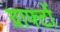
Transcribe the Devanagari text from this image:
ग्राफ्टों